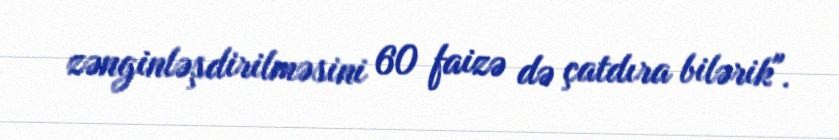
zənginləşdirilməsini 60 faizə də çatdıra bilərik".